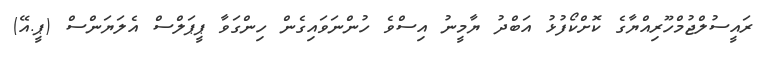
ރައީސުލްޖުމްހޫރިއްޔާގެ ކޮށްކޯފުޅު އަބްދު ޔާމީނު އިސްވެ ހުންނަވައިގެން ހިންގަވާ ޕީޕަލްސް އެލަޔަންސް (ޕީ.އޭ)